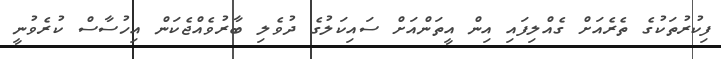
ފިކުރުތަކުގެ ތެރެއަށް ގެއްލިފައި އިން އީތަންއަށް ސައިކަލުގެ ދުވެލި ބާރުވެއްޖެކަން އިހުސާސް ކުރެވުނީ